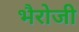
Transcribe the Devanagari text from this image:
भैरोजी